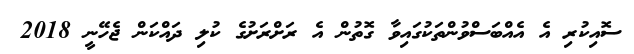
ސޮއިކުރި އެ އެއްބަސްވުންތަކުގައިވާ ގޮތުން އެ ރަށްރަށުގެ ކުލި ދައްކަން ޖެހޭނީ 2018